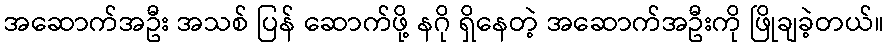
အဆောက်အဦး အသစ် ပြန် ဆောက်ဖို့ နဂို ရှိနေတဲ့ အဆောက်အဦးကို ဖြိုချခဲ့တယ်။